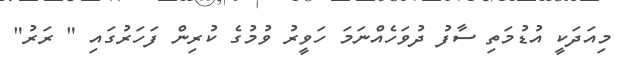
މިއަދަކީ އުޑުމަތި ސާފު ދުވަހެއްނަމަ ހަވީރު ވުމުގެ ކުރިން ފަހަރުގައި " ރަރު"